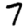
Digit: 7